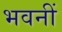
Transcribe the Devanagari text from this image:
भवनीं